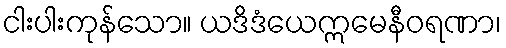
ငါးပါးကုန်သော။ ယဒိဒံယေဣမေနီဝရဏာ၊